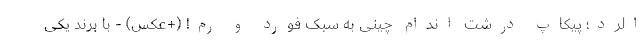
الُرد؛ پیکاپ درشت اندام چینی به سبک فورد و رَم! (+عکس) - با برند یکی